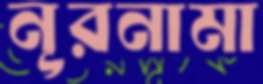
নূরনামা